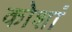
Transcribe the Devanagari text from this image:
कोशां